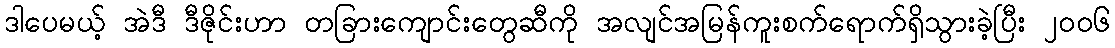
ဒါပေမယ့် အဲဒီ ဒီဇိုင်းဟာ တခြားကျောင်းတွေဆီကို အလျင်အမြန်ကူးစက်ရောက်ရှိသွားခဲ့ပြီး ၂ဝဝ၆